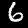
Digit: 6